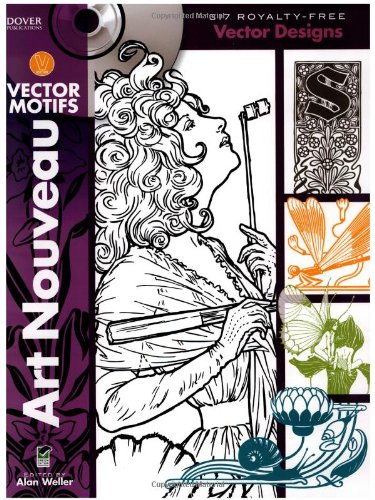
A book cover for Art Nouveau Vector Motifs (Dover Electronic Clip Art); Alan Weller; Arts & Photography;